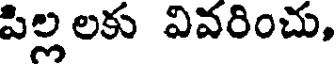
పిల్ల లకు వివరించు,